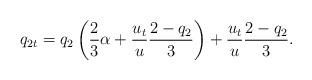
LaTeX: \begin{align*}q_{2t} = q_2\left(\frac{2}{3}\alpha + \frac{u_t}{u}\frac{2-q_2}{3}\right) +\frac{u_t}{u}\frac{2-q_2}{3}.\end{align*}